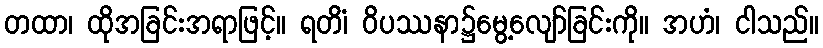
တထာ၊ ထိုအခြင်းအရာဖြင့်။ ရတိံ၊ ဝိပဿနာ၌မွေ့လျော်ခြင်းကို။ အဟံ၊ ငါသည်။